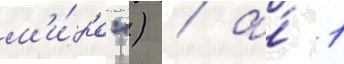
м'и́ра") / а́ 1